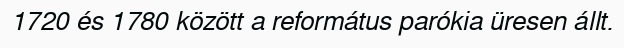
1720 és 1780 között a református parókia üresen állt.